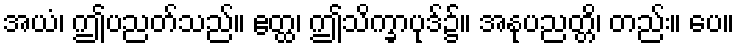
အယံ၊ ဤပညတ်သည်။ ဧတ္ထ၊ ဤသိက္ခာပုဒ်၌။ အနုပညတ္တိ၊ တည်း။ ပေ။